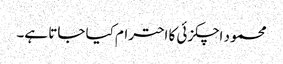
محمود اچکزئی کا احترام کیا جاتا ہے۔